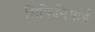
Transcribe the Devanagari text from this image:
सिफिनियाई